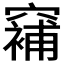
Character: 𱷗